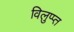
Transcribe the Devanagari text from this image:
विलुप्प्त